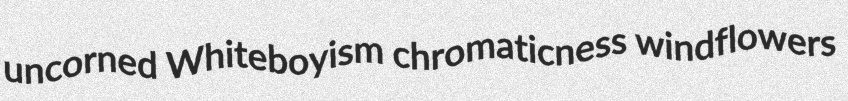
uncorned Whiteboyism chromaticness windflowers